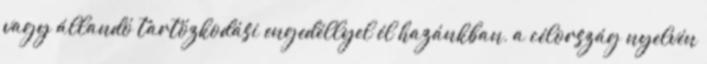
vagy állandó tartózkodási engedéllyel él hazánkban, a célország nyelvén